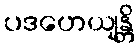
ပဒဟေယျန္တိ